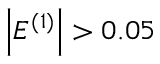
\left| E ^ { ( 1 ) } \right| > 0 . 0 5